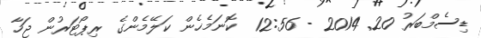
ޑިސެމްބަރު 20